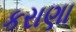
કરાણા